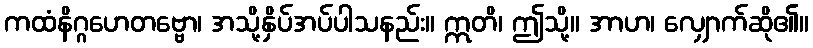
ကထံနိဂ္ဂဟေတဗ္ဗော၊ အသို့နှိပ်အပ်ပါသနည်း။ ဣတိ၊ ဤသို့။ အာဟ၊ လျှောက်ဆို၏။